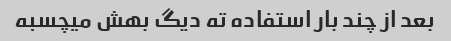
بعد از چند بار استفاده ته دیگ بهش میچسبه